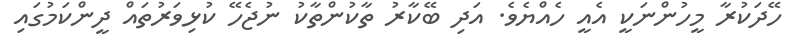
ހޭދަކުރާ މީހުންނަކީ އެއީ ހެއްޔެވެ. އަދި ބޭކާރު ތާކުންތާކު ނުޖެހޭ ކުޅިވަރުތައް ދީންކަމުގައި